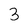
Character: 3